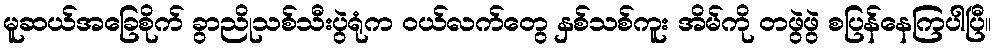
မူဆယ်အခြေစိုက် ခွာညိုသစ်သီးပွဲရုံက ဝယ်လက်တွေ နှစ်သစ်ကူး အိမ်ကို တဖွဲဖွဲ စပြန်နေကြပါပြီ။